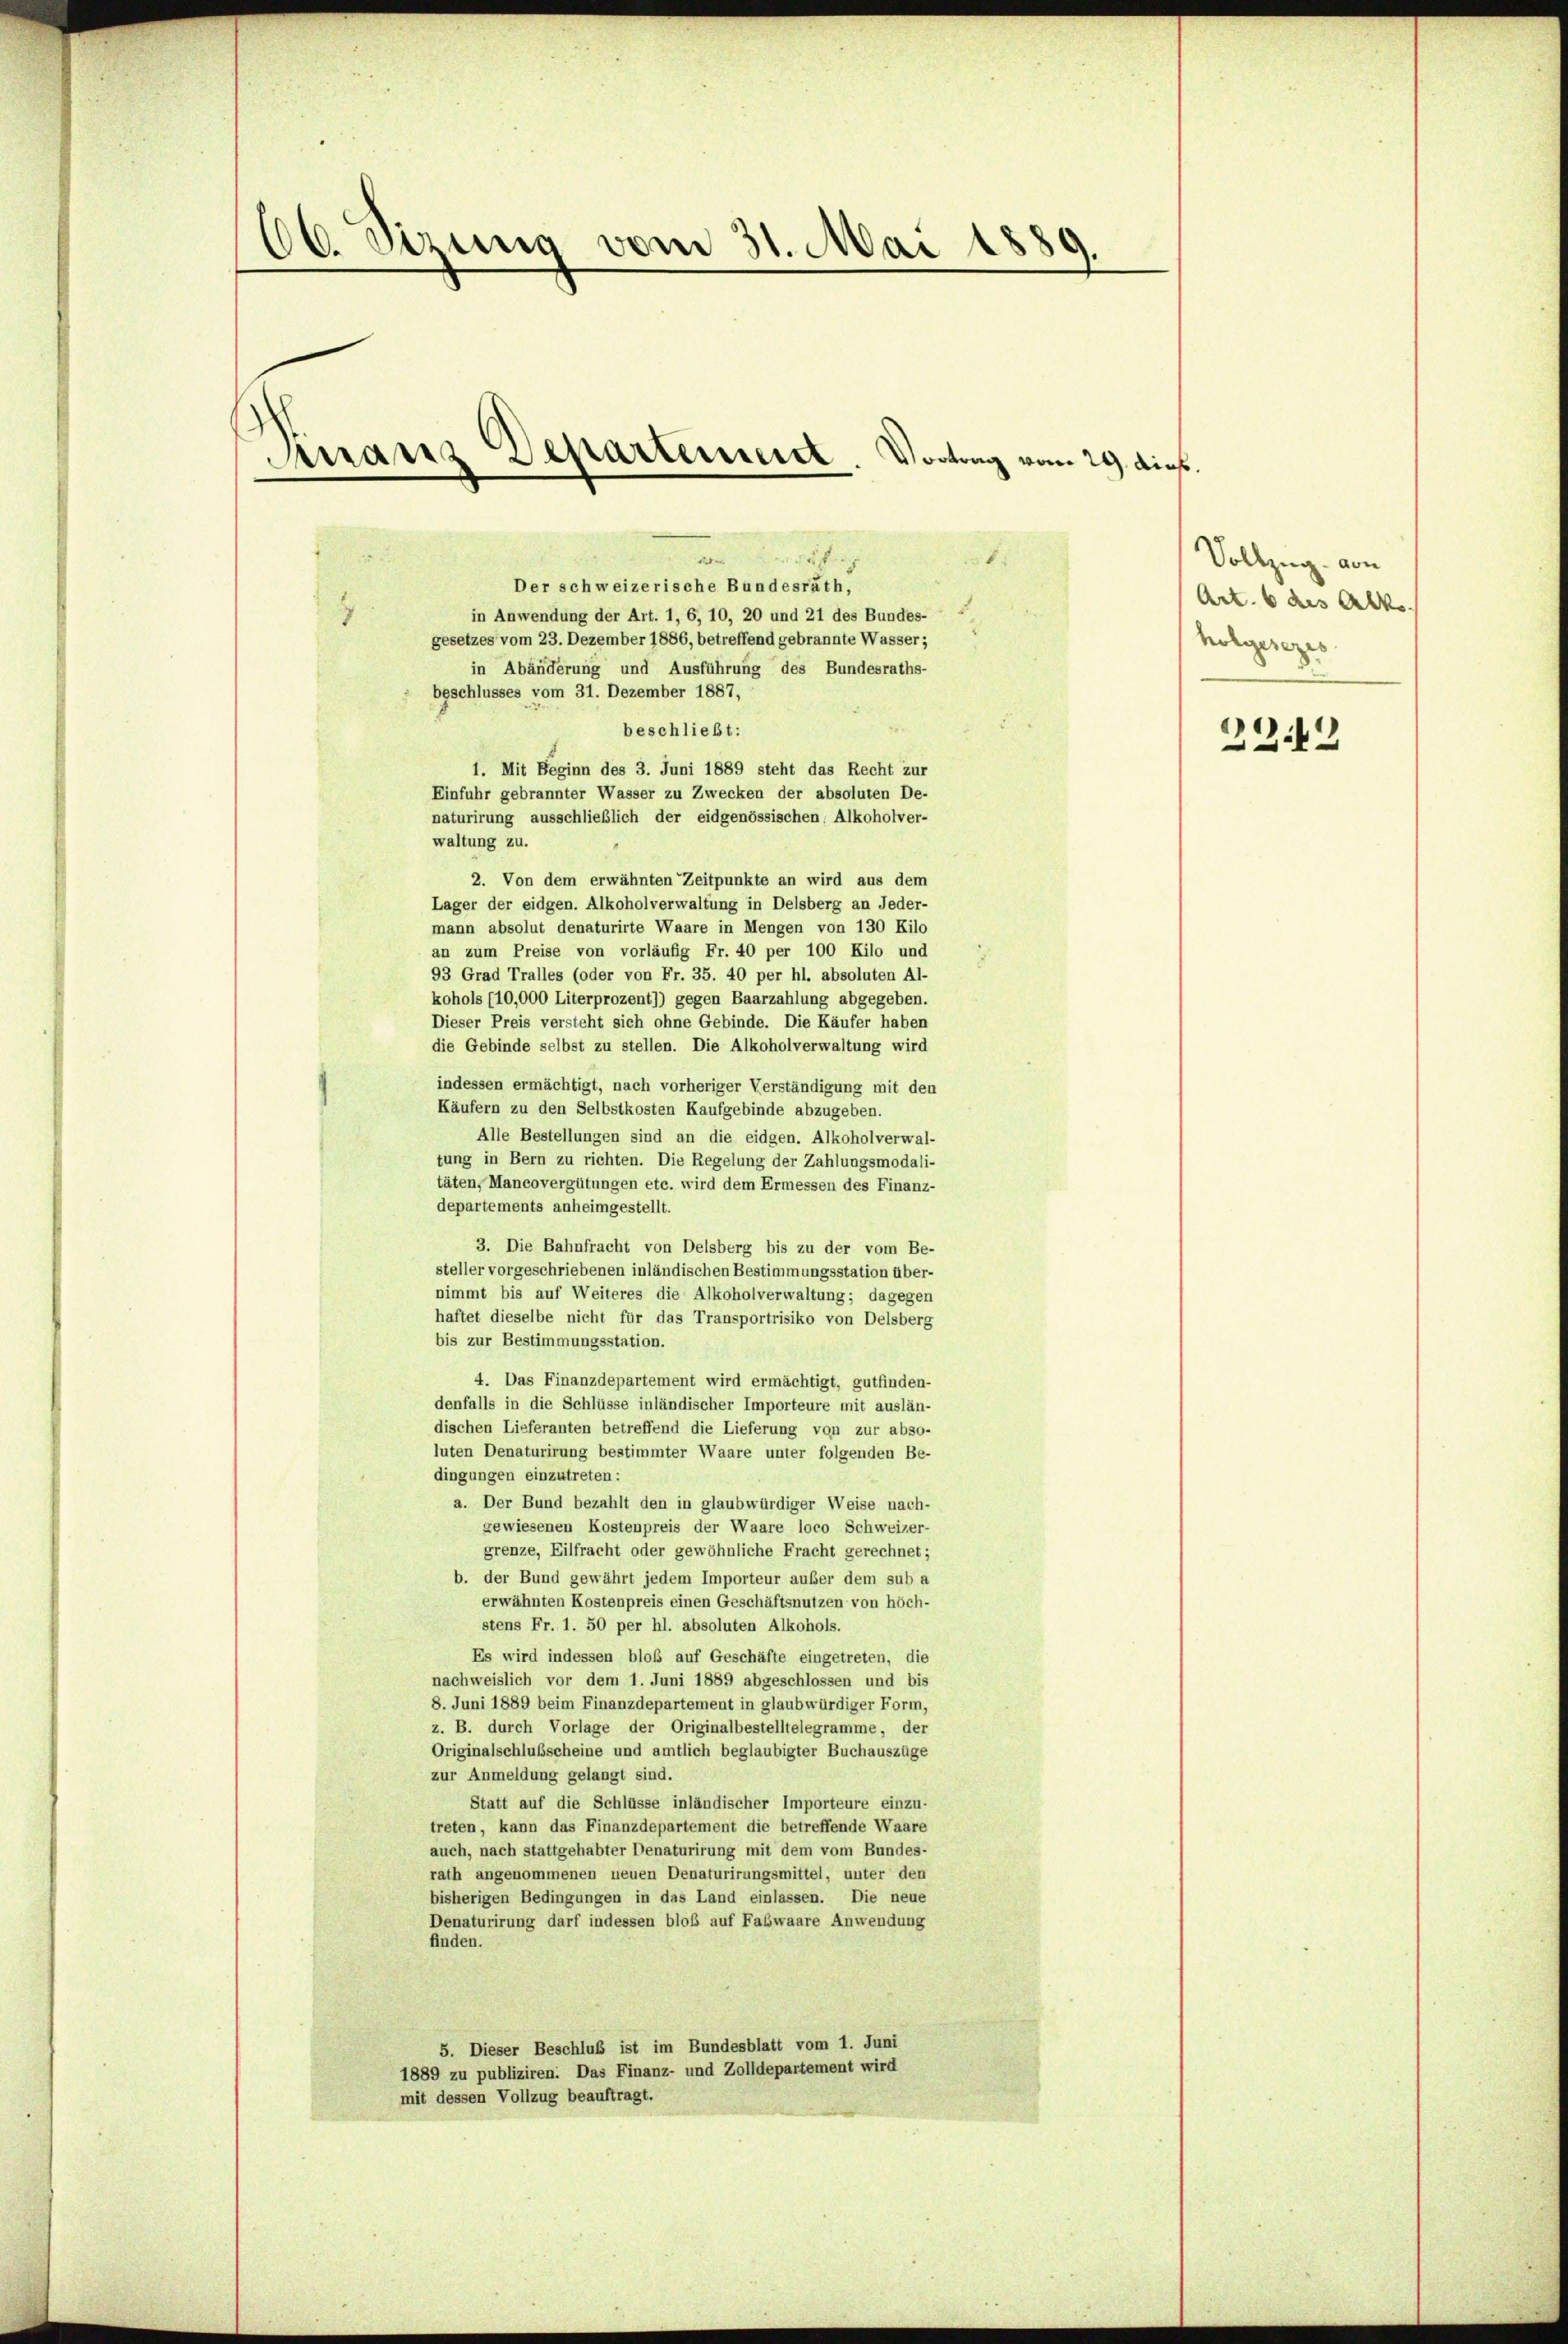
16. Jezung vom 31. Mai 1889.
Manz Departement
Vortrag vom 24. dies

8
uf
a
Der schweizerische Bundesräth,
in Anwendung der Art. 1, 6, 10, 20 und 21 des Bundes-
gesetzes vom 23. Dezember 1886, betreffend gebrannte Wasser;
in Abänderung und Ausführung des Bundesraths-
beschlusses vom 31. Dezember 1887,
beschließt:
1. Mit Beginn des 3. Juni 1889 steht das Recht zur
Einfuhr gebrannter Wasser zu Zwecken der absoluten De-
naturirung ausschließlich der eidgenössischen, Alkoholver-
waltung zu.
2. Von dem erwähnten Zeitpunkte an wird aus dem
Lager der eidgen. Alkoholverwaltung in Delsberg an Jeder-
mann absolut denaturirte Waare in Mengen von 130 Kilo
an zum Preise von vorläufig Fr. 40 per 100 Kilo und
93 Grad Tralles (oder von Fr. 35. 40 per hl. absoluten Al-
kohols (10,000 Literprozent)) gegen Baarzahlung abgegeben.
Dieser Preis versteht sich ohne Gebinde. Die Käufer haben
die Gebinde selbst zu stellen. Die Alkoholverwaltung wird
indessen ermächtigt, nach vorheriger Verständigung mit den
Käufern zu den Selbstkosten Kaufgebinde abzugeben.
Alle Bestellungen sind an die eidgen. Alkoholverwal-
tung in Bern zu richten. Die Regelung der Zahlungsmodali-
täten, Mancovergütungen etc. wird dem Ermessen des Finanz-
departements anheimgestellt.
3. Die Bahnfracht von Delsberg bis zu der vom Be-
steller vorgeschriebenen inländischen Bestimmungsstation über-
nimmt bis auf Weiteres die Alkoholverwaltung; dagegen
haftet dieselbe nicht für das Transportrisiko von Delsberg
bis zur Bestimmungsstation.
4. Das Finanzdepartement wird ermächtigt, gutfinden-
denfalls in die Schlüsse inländischer Importeure mit auslän-
dischen Lieferanten betreffend die Lieferung von zur abso-
luten Denaturirung bestimmter Waare unter folgenden Be-
dingungen einzutreten:
a. Der Bund bezahlt den in glaubwürdiger Weise nach-
gewiesenen Kostenpreis der Waare loco Schweizer-
grenze, Eilfracht oder gewöhnliche Fracht gerechnet;
b. der Bund gewährt jedem Importeur außer dem sub a
erwähnten Kostenpreis einen Geschäftsnutzen von höch-
stens Fr. 1. 50 per hl. absoluten Alkohols.
Es wird indessen bloß auf Geschäfte eingetreten, die
nachweislich vor dem 1. Juni 1889 abgeschlossen und bis
8. Juni 1889 beim Finanzdepartement in glaubwürdiger Form,
z. B. durch Vorlage der Originalbestelltelegramme, der
Originalschlußscheine und amtlich beglaubigter Buchauszüge
zur Anmeldung gelangt sind.
Statt auf die Schlüsse inländischer Importeure einzu-
treten, kann das Finanzdepartement die betreffende Waare
auch, nach stattgehabter Denaturirung mit dem vom Bundes-
rath angenommenen neuen Denaturirungsmittel, unter den
bisherigen Bedingungen in das Land einlassen. Die neue
Denaturirung darf indessen bloß auf Fabwaare Anwendung
finden.
5. Dieser Beschluß ist im Bundesblatt vom 1. Juni
1889 zu publiziren. Das Finanz- und Zolldepartement wird
mit dessen Vollzug beauftragt.

Volling von
Art. 6 des Alko
holgesezes

2212